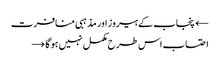
← پنجاب کے ہیروز اور مذہبی منافرت
احتساب اس طرح مکمل نہیں ہو گا →